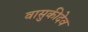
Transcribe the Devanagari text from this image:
वासुकीदेव